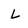
Character: L